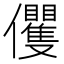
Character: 𠑩